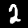
Label: 2